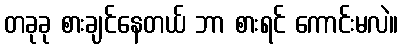
တခုခု စားချင်နေတယ် ဘာ စားရင် ကောင်းမလဲ။